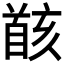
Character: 𩠚